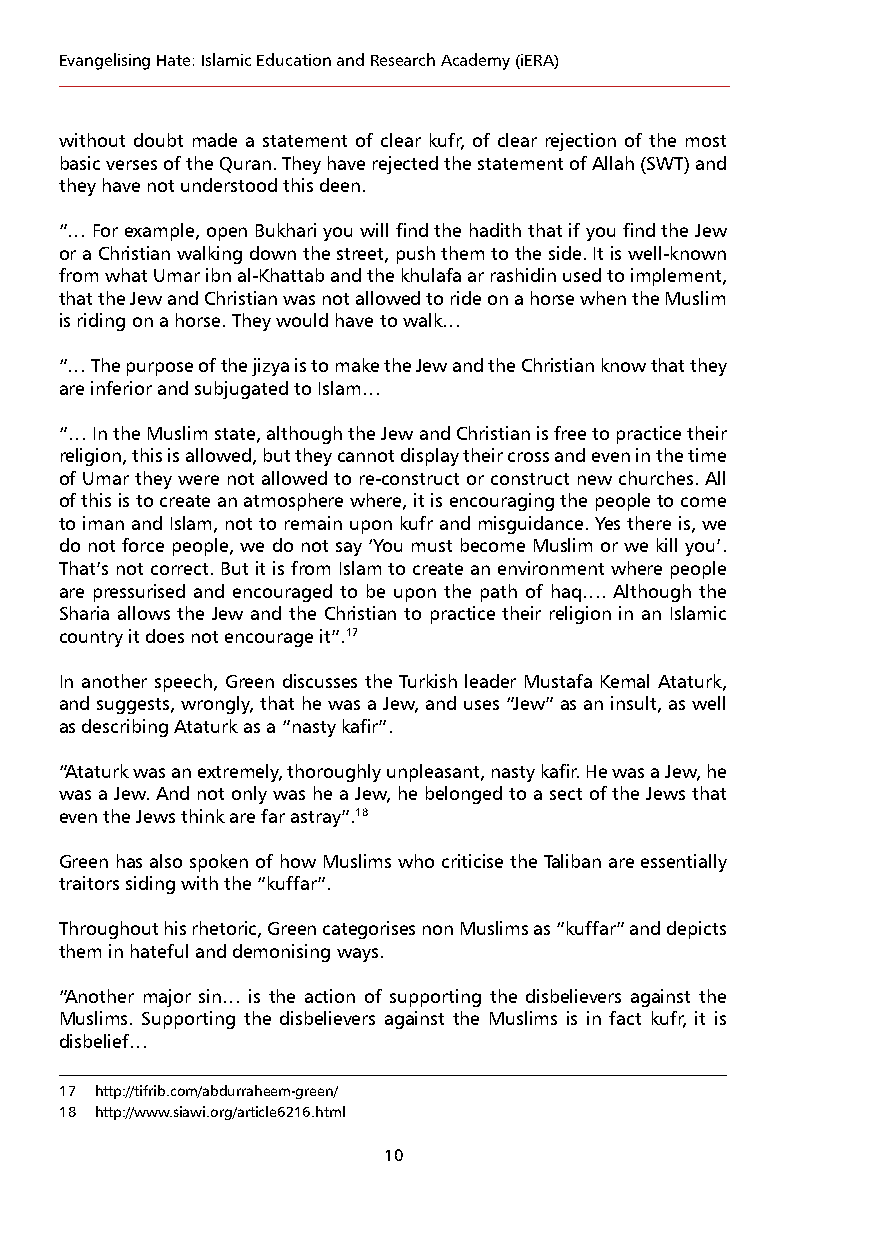
Evangelising Hate: Islamic Education and Research Academy (iERA)
 without doubt made a statement of clear kufr, of clear rejection of the most
 basic verses of the Quran. They have rejected the statement of Allah (SWT) and
 they have not understood this deen.
 “… For example, open Bukhari you will find the hadith that if you find the Jew
 or a Christian walking down the street, push them to the side. It is well-known
 from what Umar ibn al-Khattab and the khulafa ar rashidin used to implement,
 that the Jew and Christian was not allowed to ride on a horse when the Muslim
 is riding on a horse. They would have to walk…
 “… The purpose of the jizya is to make the Jew and the Christian know that they
 are inferior and subjugated to Islam…
 “… In the Muslim state, although the Jew and Christian is free to practice their
 religion, this is allowed, but they cannot display their cross and even in the time
 of Umar they were not allowed to re-construct or construct new churches. All
 of this is to create an atmosphere where, it is encouraging the people to come
 to iman and Islam, not to remain upon kufr and misguidance. Yes there is, we
 do not force people, we do not say ‘You must become Muslim or we kill you’.
 That’s not correct. But it is from Islam to create an environment where people
 are pressurised and encouraged to be upon the path of haq…. Although the
 Sharia allows the Jew and the Christian to practice their religion in an Islamic
 country it does not encourage it”.17
 In another speech, Green discusses the Turkish leader Mustafa Kemal Ataturk,
 and suggests, wrongly, that he was a Jew, and uses “Jew” as an insult, as well
 as describing Ataturk as a “nasty kafir”.
 “Ataturk was an extremely, thoroughly unpleasant, nasty kafir. He was a Jew, he
 was a Jew. And not only was he a Jew, he belonged to a sect of the Jews that
 even the Jews think are far astray”.18
 Green has also spoken of how Muslims who criticise the Taliban are essentially
 traitors siding with the “kuffar”.
 Throughout his rhetoric, Green categorises non Muslims as “kuffar” and depicts
 them in hateful and demonising ways.
 “Another major sin… is the action of supporting the disbelievers against the
 Muslims. Supporting the disbelievers against the Muslims is in fact kufr, it is
 disbelief…
 17 http://tifrib.com/abdurraheem-green/
 18 http://www.siawi.org/article6216.html
 10